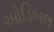
ઓડિબલ